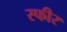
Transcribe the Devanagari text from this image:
स्फीर